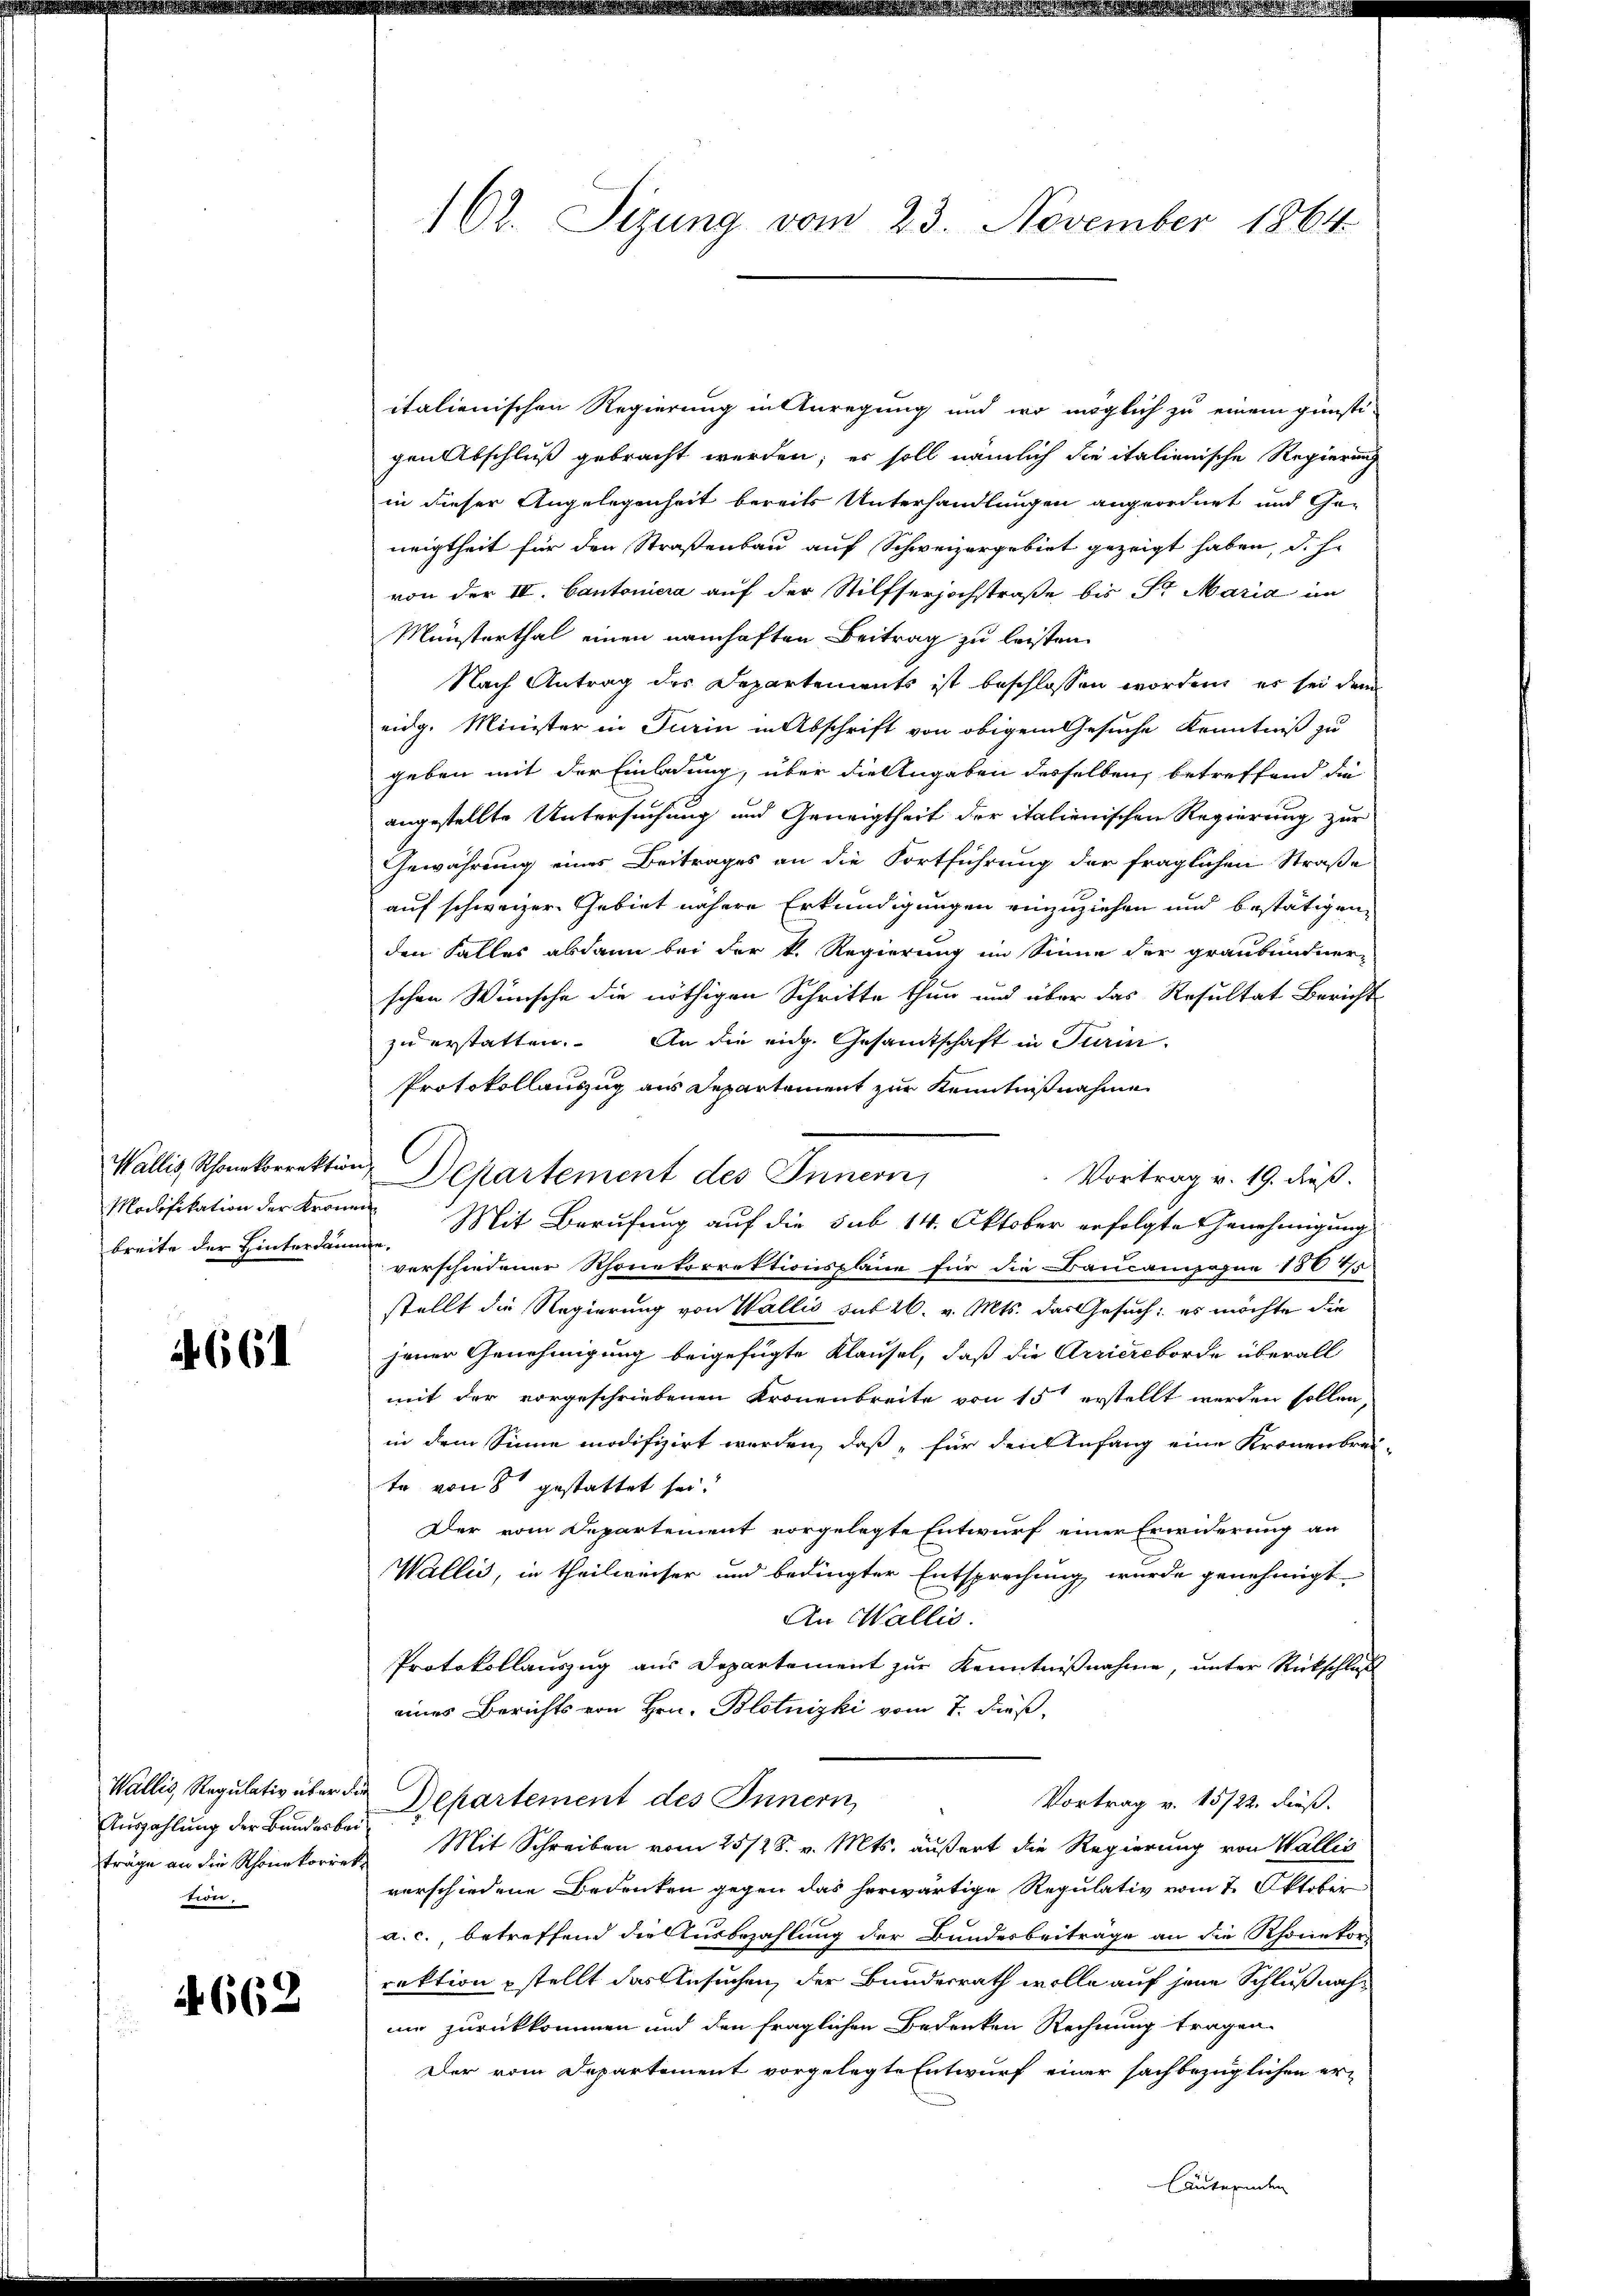
Wallis, Rhonekorrektion
Modifikation der Krone
breite der Hinterdann

661

träge an die Schönekorrek
tion.

4662

162. Sizung vom 23. November 1864

italienischen Regierung in Anregung und wo möglich zu einem günsti-
gen Abschluß gebracht werden; er soll nämlich die italienische Regierung
in dieser Angelegenheit bereits Unterhandlungen angeordnet und Ge-
neigtheit für den Straßenbau auf Schweizergebiet gezeigt haben, d. h.
von der IV. Cantoniera auf der Stilfserjochstraße bis Sr. Maria im
Münsterthal einen namhaften Beitrag zu leisten
Nach Antrag des Departements ist beschlossen worden, es sei dem
eidg. Minister in Turin in Abschrift von obigem Gesuche Kenntniß zu
geben mit der Einladung, über die Angaben desselben, betreffend die
angestellte Untersuchung und Geneigtheit der italienischen Regierung zur
Gewährung eines Beitrages an die Fortführung der fraglichen Straße
auf schweizer Gebiet nähere Erkundigungen einzuziehen und bestätigen,
den Falles abdann bei der k. Regierung im Sinne der graubündner-
schen Wünsche die nöthigen Schritte thun und über das Resultat Bericht
zu erstatten. An die eidg. Gesamtschaft in Turin
Protokollauszug aus Departement zur Kenntnißnahme
2 Departement des Innern,
Vortrag v. 19. dieß.
en Mit Berufung auf die sub 14. Oktober erfolgte Genehmigung
arfen
verschiedener Rhonetorrektionsplane für die Baucampagne 1884/5
stellt die Regierung von Wallis mit 26. v. Mts. das Gesuch: es möchte die
jener Genehmigung beigefügte Klausel, daß die Arriereborde überall
mit der vorgeschriebenen Kronenbreite von 15 erstellt werden sollen,
in dem Sinne modifizirt werden, daß für den Anfang eine Kronenbrei-
te von 8 gestattet sei.
Der vom Departement vorgelegte Entwurf einer Erwiderung an
Wallis, in theilweiser und bedingter Entsprechung wurde genehmigt
An Wallis.
Protokollauszug aus Departement zur Kenntnißnahme, unter Rückschluß
eines Berichts von Hrn. Blotnizki vom 7. dieß,
Wallis, Regulativ über die Departement des Innern,
Vortrag v. 15/22. dieß.
Aŭszahlŭng der Bŭndes bei Mit Schreiben vom 25/28. v. Mts. äŭβert die Regierŭng von Wallis
verschiedene Bedenken gegen das herwärtige Regulativ vom 7. Oktober
a. c., betreffend die Ausbezahlung der Bundesbeiträge an die Rhonetors
rektion stellt das Ansuchen, der Bundesrath wolle auf jene Schlußnahnie zurückkommen und den fraglichen Bedenken Rechnung tragen.
Der vom Departement vorgelegte Entwurf einer sachbezüglichen erläuternden